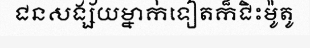
ជនសង្ស័យម្នាក់ទៀតក៏ជិះម៉ូតូ